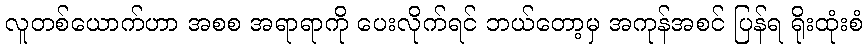
လူတစ်ယောက်ဟာ အစစ အရာရာကို ပေးလိုက်ရင် ဘယ်တော့မှ အကုန်အစင် ပြန်ရ ရိုးထုံးစံ